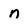
Character: n